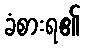
ခံစားရ၏